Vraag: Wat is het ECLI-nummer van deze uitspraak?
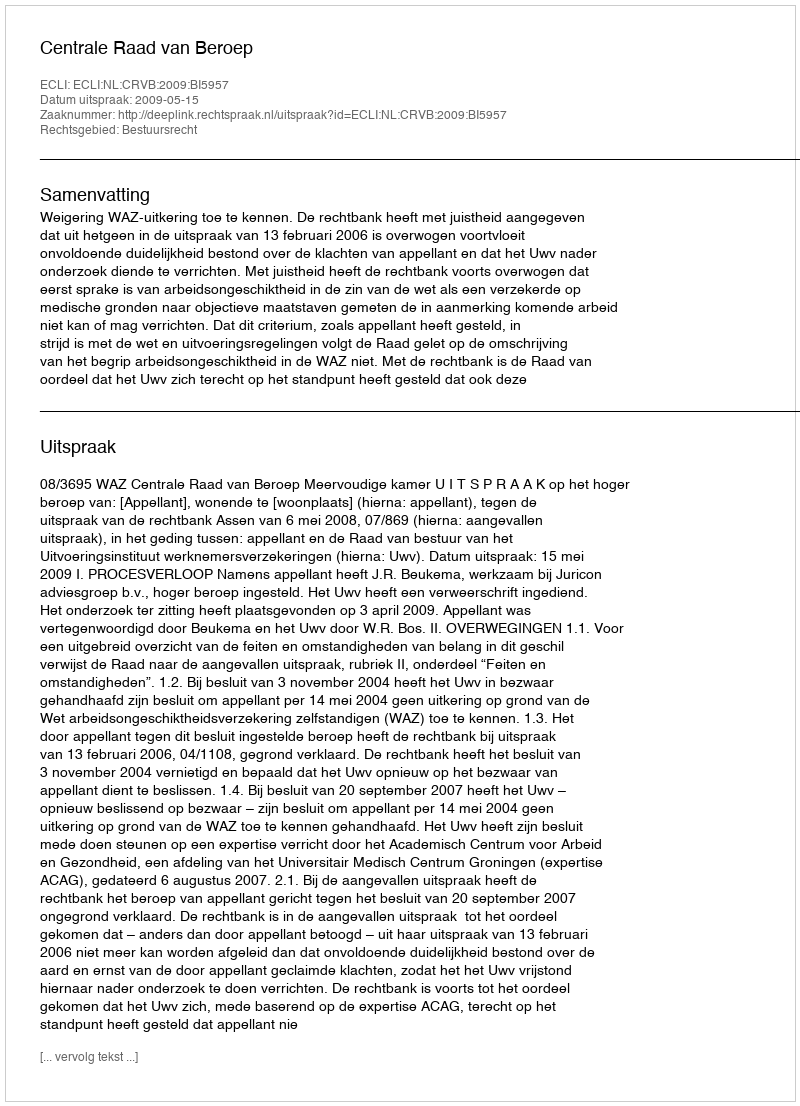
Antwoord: ECLI:NL:CRVB:2009:BI5957